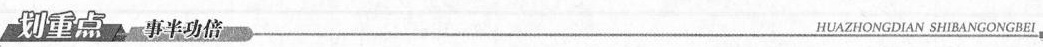
划重点 事半功倍 HUAZHONGDIAN SHIBANGONGBEI